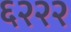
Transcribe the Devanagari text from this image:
६२२२